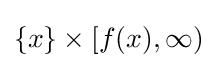
\{x\}\times [f(x),\infty )